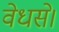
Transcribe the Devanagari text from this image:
वेधसे।